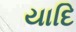
યાદિ